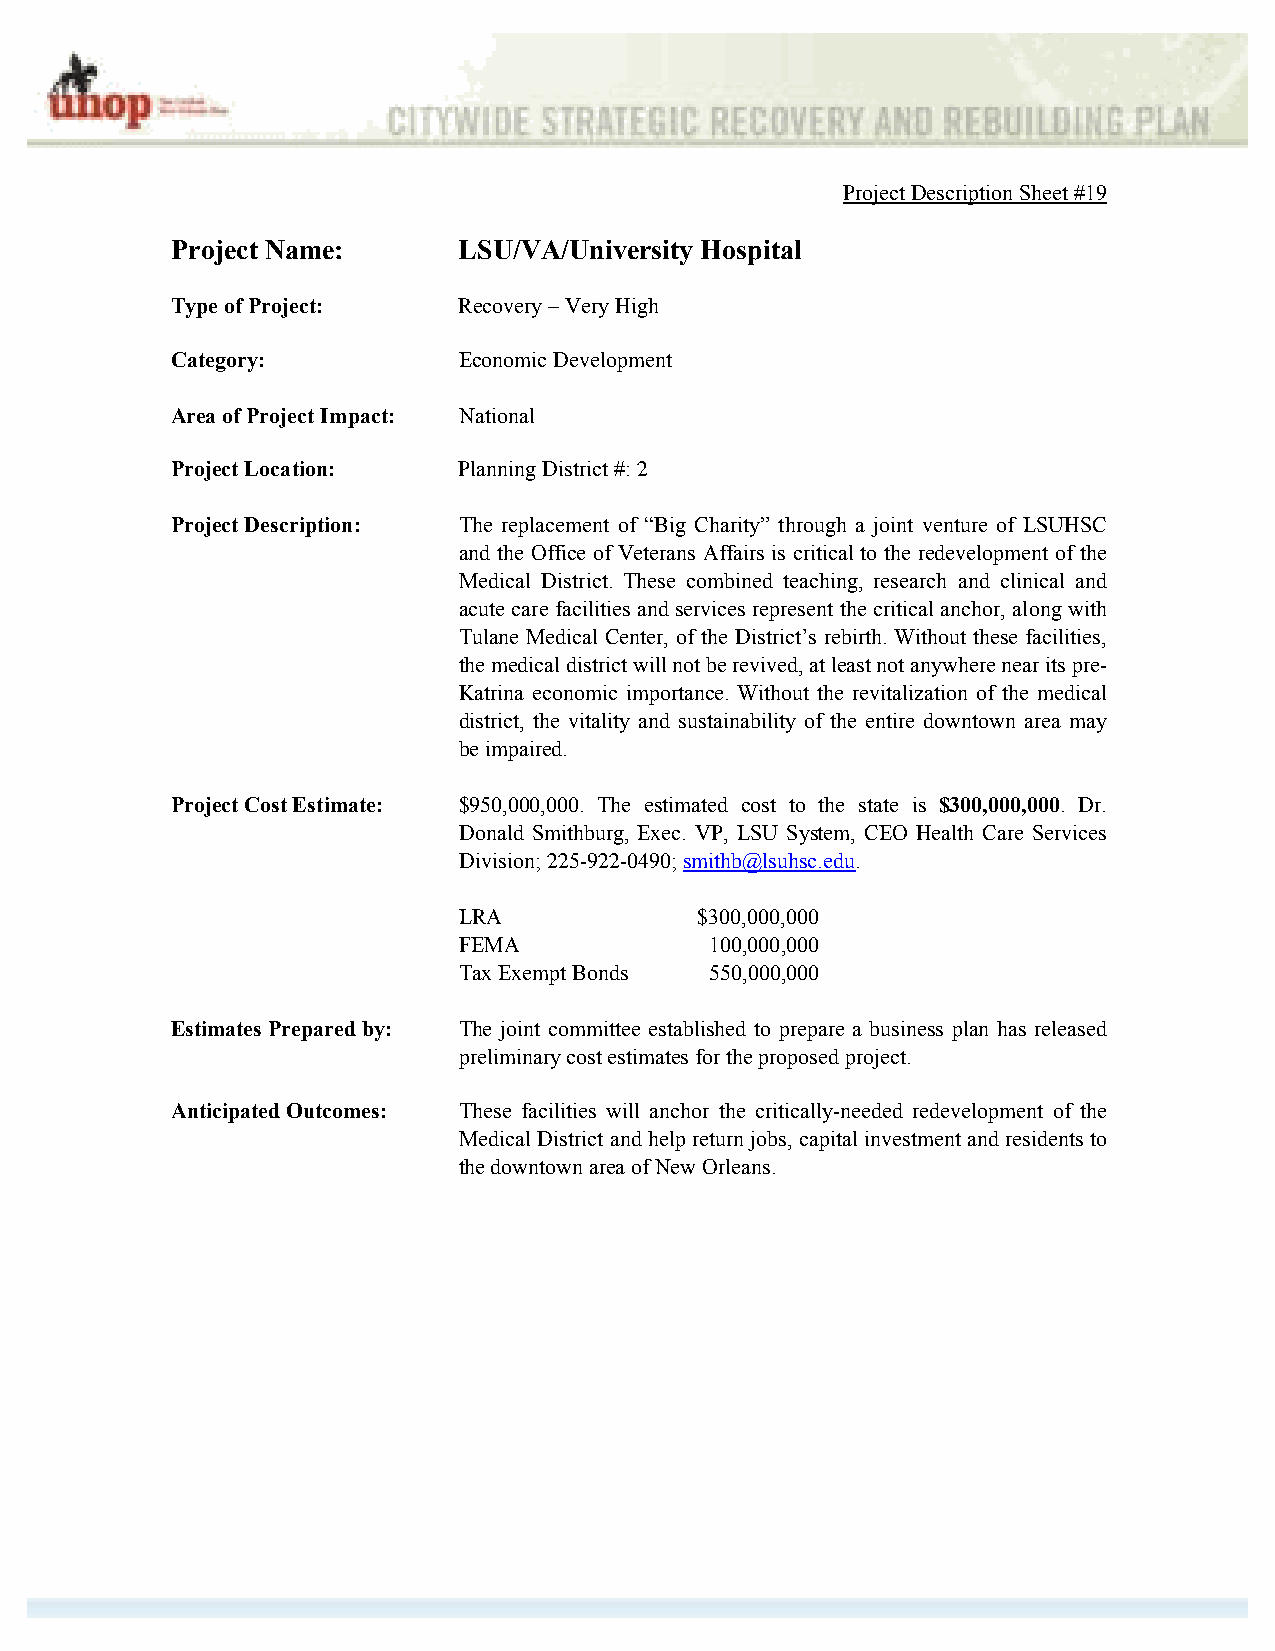
Project Description Sheet #19
 Project Name:      LSU/VA/University Hospital
 Type of Project:   Recovery – Very High
 Category:          Economic Development
 Area of Project Impact: National
 Project Location:  Planning District #: 2
 Project Description: The replacement of “Big Charity” through a joint venture of LSUHSC
 and the Office of Veterans Affairs is critical to the redevelopment of the
 Medical District. These combined teaching, research and clinical and
 acute care facilities and services represent the critical anchor, along with
 Tulane Medical Center, of the District’s rebirth. Without these facilities,
 the medical district will not be revived, at least not anywhere near its pre-
 Katrina economic importance. Without the revitalization of the medical
 district, the vitality and sustainability of the entire downtown area may
 be impaired.
 Project Cost Estimate: $950,000,000. The estimated cost to the state is $300,000,000. Dr.
 Donald Smithburg, Exec. VP, LSU System, CEO Health Care Services
 Division; 225-922-0490; smithb@lsuhsc.edu.
 LRA             $300,000,000
 FEMA             100,000,000
 Tax Exempt Bonds 550,000,000
 Estimates Prepared by: The joint committee established to prepare a business plan has released
 preliminary cost estimates for the proposed project.
 Anticipated Outcomes: These facilities will anchor the critically-needed redevelopment of the
 Medical District and help return jobs, capital investment and residents to
 the downtown area of New Orleans.